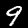
Label: 9